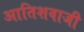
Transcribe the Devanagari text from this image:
आतिशवाजी